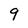
Character: 9